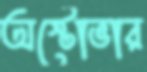
অস্টোভার